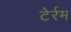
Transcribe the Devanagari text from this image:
टेर्रम